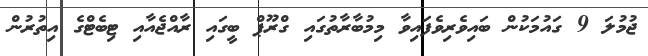
ޖުމުލަ 9 ގައުމަކުން ބައިވެރިވެފައިވާ މިމުބާރާތުގައި ގްރޫޕް ބީގައި ރާއްޖެއާއި ޓިބެޓްގެ އިތުރުން